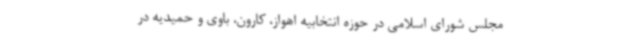
مجلس شورای اسلامی در حوزه انتخابیه اهواز، کارون، باوی و حمیدیه در